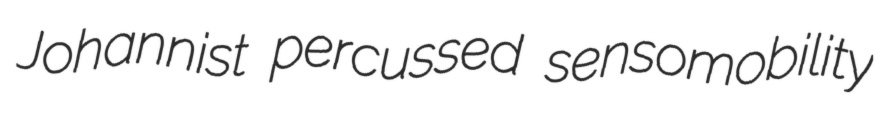
Johannist percussed sensomobility